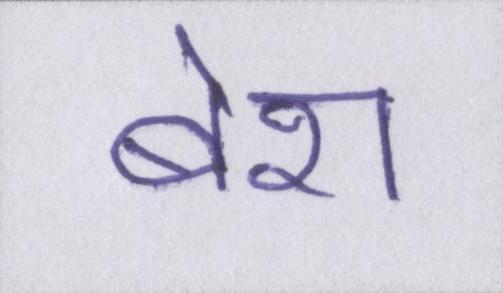
बेश